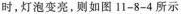
时，灯泡变亮，则如图11-8-4所示